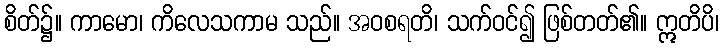
စိတ်၌။ ကာမော၊ ကိလေသကာမ သည်။ အဝစရတိ၊ သက်ဝင်၍ ဖြစ်တတ်၏။ ဣတိပိ၊